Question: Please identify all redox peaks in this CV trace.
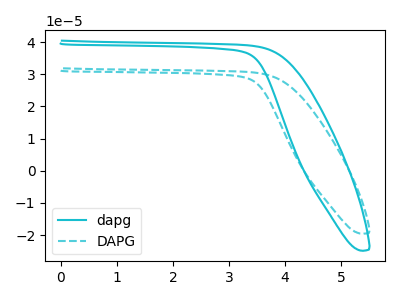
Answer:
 <answer>The cyan curve "dapg" has no peaks. The cyan dashed curve "DAPG" has no peaks.</answer>
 <eval></eval>